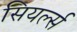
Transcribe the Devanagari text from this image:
सियर्ल्स